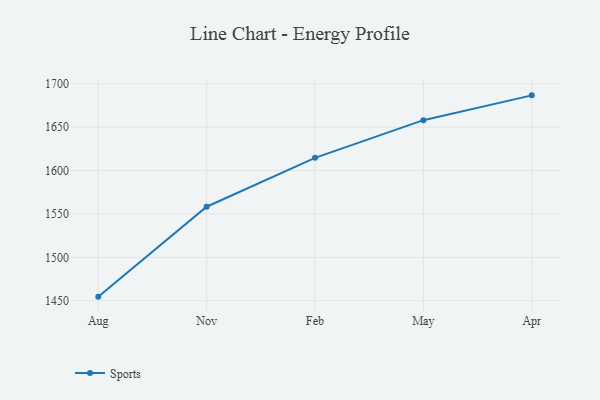
{"axis": {"x": "Month", "y": "Demand Index"}, "legend": ["Sports"], "data": [{"x": "Aug", "y": 1454.7, "type": "Sports"}, {"x": "Nov", "y": 1558.3, "type": "Sports"}, {"x": "Feb", "y": 1614.6, "type": "Sports"}, {"x": "May", "y": 1658.0, "type": "Sports"}, {"x": "Apr", "y": 1686.6, "type": "Sports"}]}